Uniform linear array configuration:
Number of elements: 12
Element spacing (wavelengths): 0.5
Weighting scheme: hamming
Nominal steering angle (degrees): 0
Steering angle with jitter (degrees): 0.8293
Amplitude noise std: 0.05
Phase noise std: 0.05

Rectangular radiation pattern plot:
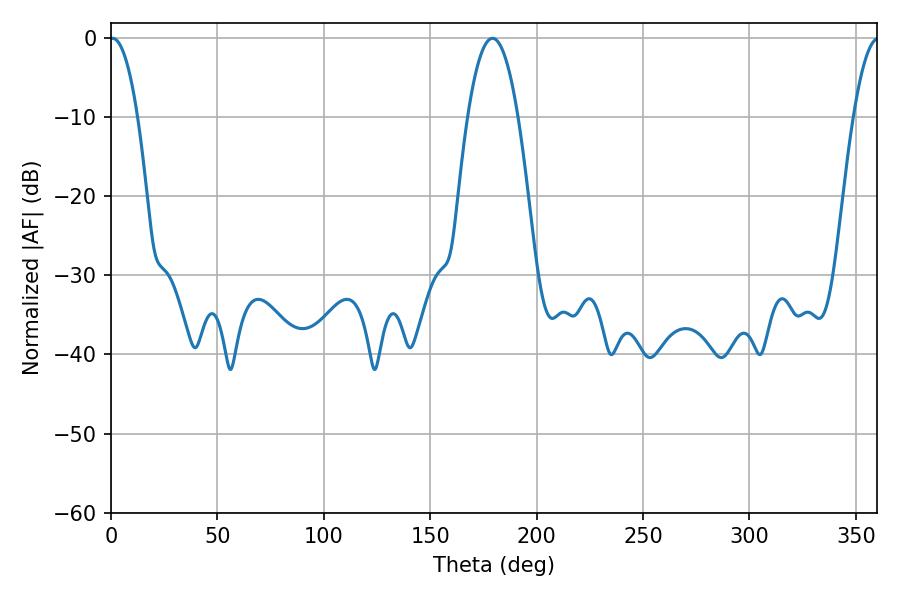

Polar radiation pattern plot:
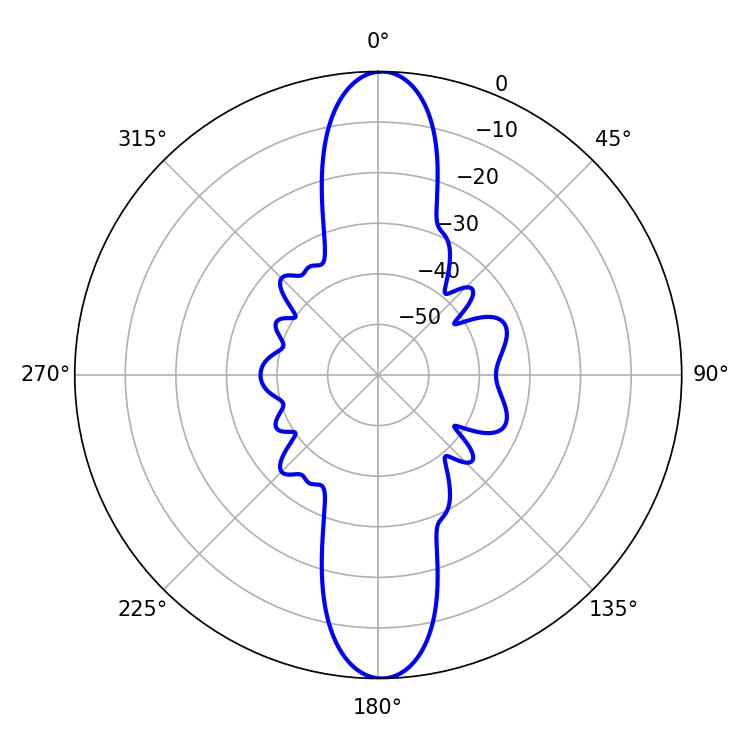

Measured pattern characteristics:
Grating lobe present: FALSE
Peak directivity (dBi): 25.378
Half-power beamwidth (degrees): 7.2
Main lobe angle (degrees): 0.72